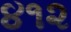
૪૧૨